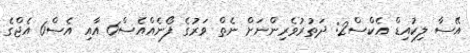
އޭސާ ލިކުއިޑް އެކްސް2: ދަތުރުވެރިންނަށް ނެތް ވަރުގެ ފޯނެއްއެސް6 އާއި އެސް6 އެޖްގެ